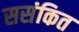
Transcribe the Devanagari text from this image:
ससंकित